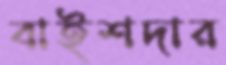
বাইশদার